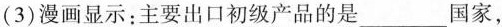
(3)漫画显示；主要出口初级产品的是___国家，